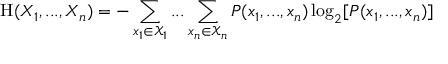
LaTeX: \mathrm { H } ( X _ { 1 } , . . . , X _ { n } ) = - \sum _ { x _ { 1 } \in { \mathcal { X } } _ { 1 } } . . . \sum _ { x _ { n } \in { \mathcal { X } } _ { n } } P ( x _ { 1 } , . . . , x _ { n } ) \log _ { 2 } [ P ( x _ { 1 } , . . . , x _ { n } ) ]